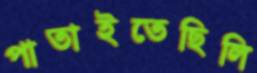
পাতাইতেছিলি